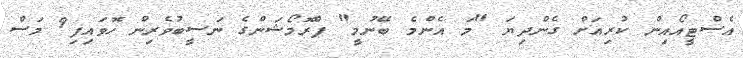
އެސްޓީއޯއިން ކުރިއަށް ގެންދިޔަ "މަ އެންމެ ބޭނުމީ" ޕްރޮމޯޝަންގެ ނަސީބުވެރިން ހޮވައިފި9 މަސް